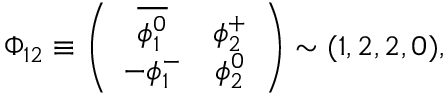
\Phi _ { 1 2 } \equiv \left( \begin{array} { c c } { { \overline { { { \phi _ { 1 } ^ { 0 } } } } } } & { { \phi _ { 2 } ^ { + } } } \\ { { - \phi _ { 1 } ^ { - } } } & { { \phi _ { 2 } ^ { 0 } } } \end{array} \right) \sim ( 1 , 2 , 2 , 0 ) ,